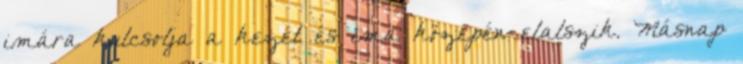
imára kulcsolja a kezét és ima közepén elalszik. Másnap